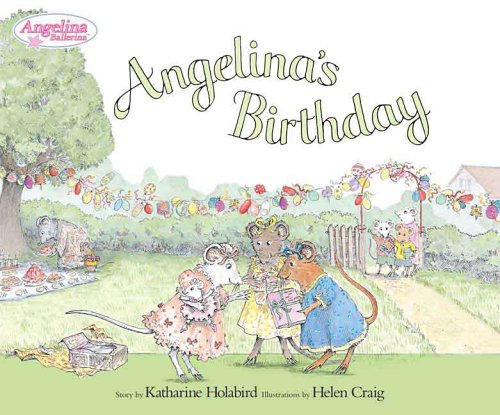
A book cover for Angelina's Birthday (Angelina Ballerina); Katharine Holabird; Children's Books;